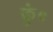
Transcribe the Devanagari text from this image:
कुं०